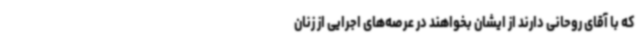
که با آقای روحانی دارند از ایشان بخواهند در عرصه‌های اجرایی از زنان